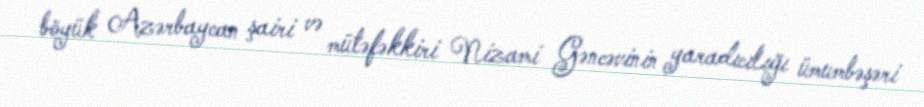
böyük Azərbaycan şairi və mütəfəkkiri Nizami Gəncəvinin yaradıcılığı ümumbəşəri